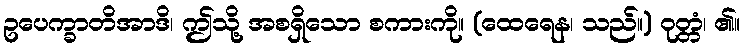
ဥပေက္ခာတိအာဒိ၊ ဤသို့ အစရှိသော စကားကို။ (ထေရေန၊ သည်။) ဝုတ္တံ၊ ၏။